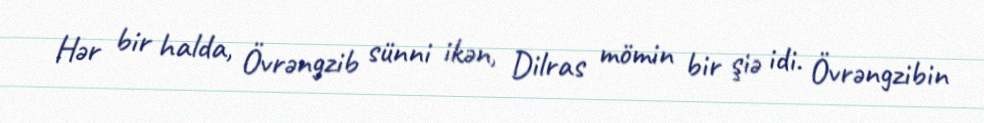
Hər bir halda, Övrəngzib sünni ikən, Dilras mömin bir şiə idi. Övrəngzibin